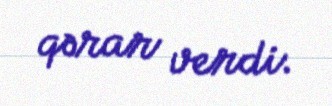
qərar verdi.